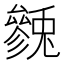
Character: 𱑯